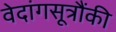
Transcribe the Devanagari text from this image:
वेदांगसूत्रौंकी